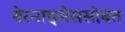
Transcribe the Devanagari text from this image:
बेरनाइसेससोबत